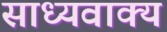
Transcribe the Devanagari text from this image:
साध्यवाक्य